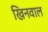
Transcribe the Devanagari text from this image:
खिनवाल